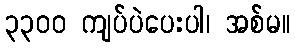
၃၃၀၀ ကျပ်ပဲပေးပါ၊ အစ်မ။